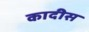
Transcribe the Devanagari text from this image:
कादीस